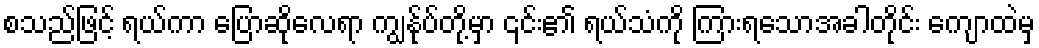
စသည်ဖြင့် ရယ်ကာ ပြောဆိုလေရာ ကျွန်ုပ်တို့မှာ ၎င်း၏ ရယ်သံကို ကြားရသောအခါတိုင်း ကျောထဲမှ